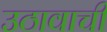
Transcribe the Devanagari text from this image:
उठावाची